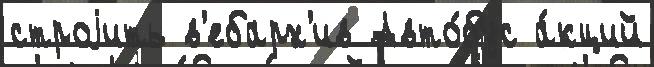
строjить в'ебарх'ив Авто́бус а́кций